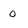
Character: 0